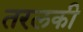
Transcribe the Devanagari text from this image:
तरलकी